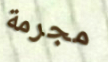
مجرمة